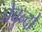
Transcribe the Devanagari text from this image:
चेबुन्दो